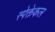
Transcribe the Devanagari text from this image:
स्पेक्तेकल